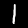
Label: 1